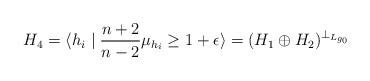
LaTeX: \begin{align*}H_{4}=\langle h_{i}\mid \frac{n+2}{n-2}\mu_{h_{i}} \geq 1+\epsilon\rangle=(H_{1}\oplus H_{2})^{\perp_{L_{g_{0}}}}\end{align*}